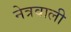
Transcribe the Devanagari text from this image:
नेत्रवाली